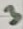
Text: 3